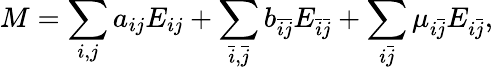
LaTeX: M=\sum_{i,j}a_{ij}E_{ij}+\sum_{\bar{i},\bar{j}}b_{\bar{i}\bar{j}}E_{\bar{i}\bar{j}}+\sum_{i\bar{j}}\mu_{i\bar{j}}E_{i\bar{j}},